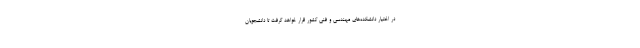
در اختیار دانشکده‌های مهندسی و فنی کشور قرار خواهد گرفت تا دانشجویان